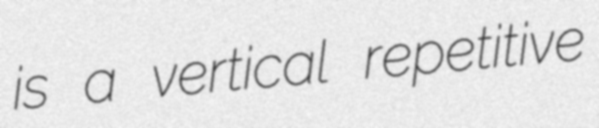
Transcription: is a vertical repetitive